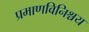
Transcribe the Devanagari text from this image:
प्रमाणविनिश्चय